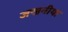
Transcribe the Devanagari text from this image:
जखनीया